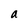
Character: a